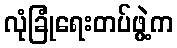
လုံခြုံရေးတပ်ဖွဲ့က